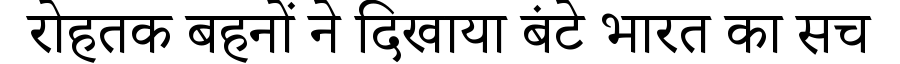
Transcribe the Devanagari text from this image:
रोहतक बहनों ने दिखाया बंटे भारत का सच